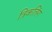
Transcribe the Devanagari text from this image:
त्रिकलिंग